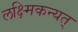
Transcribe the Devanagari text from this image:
लक्ष्मिकन्यत्